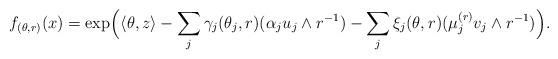
LaTeX: \begin{align*} & f_{(\theta, r)} (x) = \exp\Bigl ( \langle \theta, z\rangle - \sum_{j} \gamma_j(\theta_j, r) (\alpha_j u_j\wedge r^{-1}) - \sum_{j} \xi_j(\theta, r) (\mu_j^{(r)}v_j\wedge r^{-1}) \Bigr ).\end{align*}